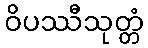
ဝိပဿီသုတ္တံ